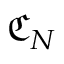
\mathfrak { C } _ { N }